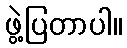
ဖွဲ့ပြတာပါ။